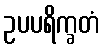
ဥပပရိက္ခတံ